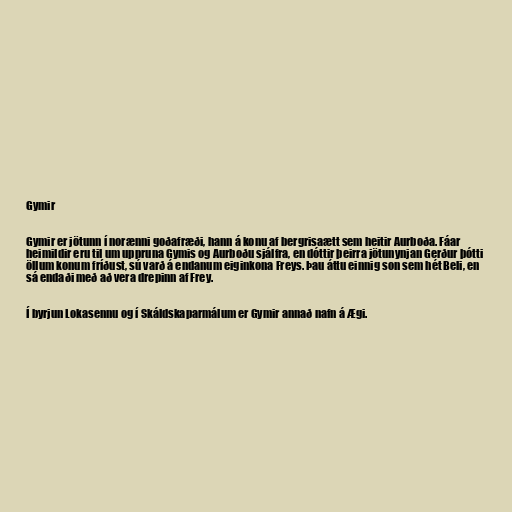
Gymir

Gymir er jötunn í norænni goðafræði, hann á konu af bergrisaætt sem heitir Aurboða. Fáar
heimildir eru til um uppruna Gymis og Aurboðu sjálfra, en dóttir þeirra jötunynjan Gerður þótti
öllum konum fríðust, sú varð á endanum eiginkona Freys. Þau áttu einnig son sem hét Beli, en
sá endaði með að vera drepinn af Frey.

Í byrjun Lokasennu og í Skáldskaparmálum er Gymir annað nafn á Ægi.